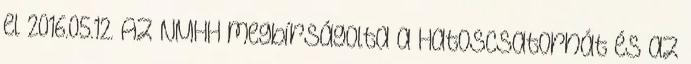
el 2016.05.12. Az NMHH megbírságolta a Hatoscsatornát és az